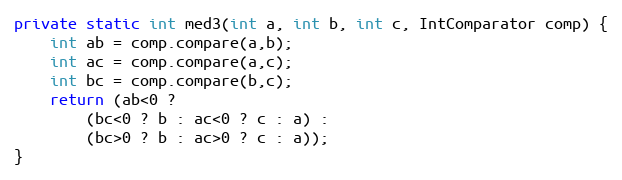
Language: Java
private static int med3(int a, int b, int c, IntComparator comp) {
	int ab = comp.compare(a,b);
	int ac = comp.compare(a,c);
	int bc = comp.compare(b,c);
	return (ab<0 ?
		(bc<0 ? b : ac<0 ? c : a) :
		(bc>0 ? b : ac>0 ? c : a));
}